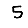
Digit: 5